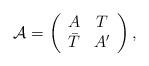
LaTeX: \begin{align*}{\mathcal A} = \left(\begin{array}{cc} A & T\\ \bar T &A'\end{array} \right),\end{align*}